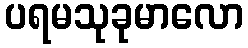
ပရမသုခုမာလော